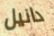
دانيل